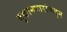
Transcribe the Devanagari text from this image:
दुकानदारांकडून